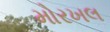
મોરખલ